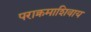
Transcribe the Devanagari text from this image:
पराक्रमाशिवाय